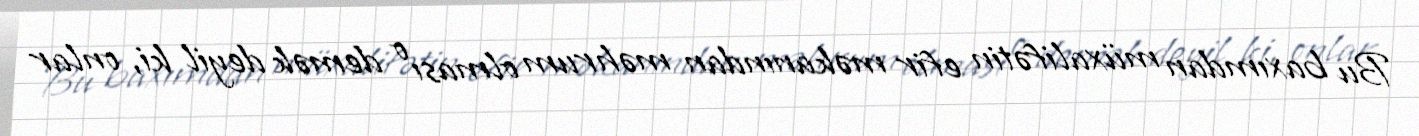
Bu baxımdan müxalifətin efir məkanından məhrum olması o demək deyil ki, onlar